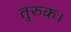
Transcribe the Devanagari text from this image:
तुरुक।